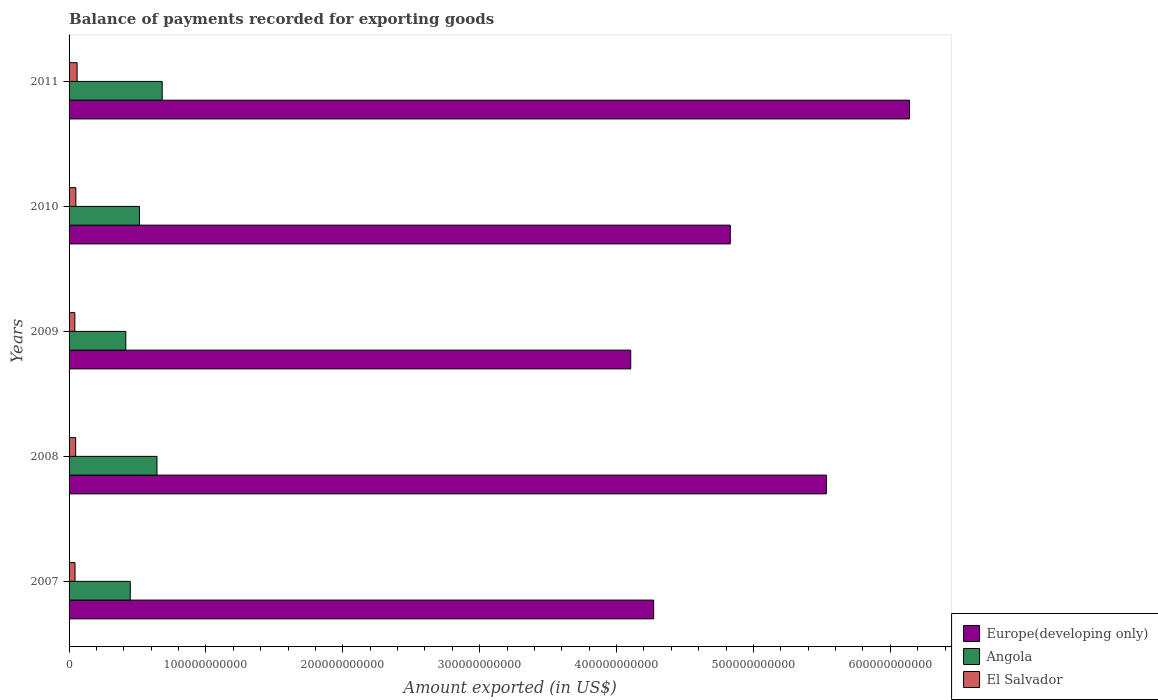
| Years | Europe(developing only) | Angola | El Salvador |
 | --- | --- | --- | --- |
 | 2007 | 4.27e+11 | 4.47e+10 | 4.35e+09 |
 | 2008 | 5.53e+11 | 6.42e+10 | 4.81e+09 |
 | 2009 | 4.1e+11 | 4.15e+10 | 4.22e+09 |
 | 2010 | 4.83e+11 | 5.15e+10 | 4.97e+09 |
 | 2011 | 6.14e+11 | 6.8e+10 | 5.88e+09 |